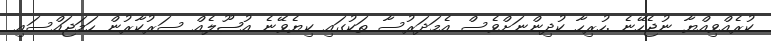
ކުރެއްވިއްޔާ ނުޖެހޭނެ .ހުރިހާ ކުދިންނަށްވެސް އެމަދަރުސާ ތަކުގައި ކިޔެވޭނެ އުޞޫލެއް ސަރުކާރުން ހަމަޖައްސައި